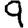
Digit: 9